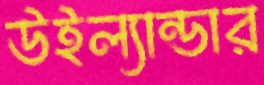
উইল্যান্ডার